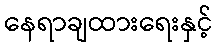
နေရာချထားရေးနှင့်